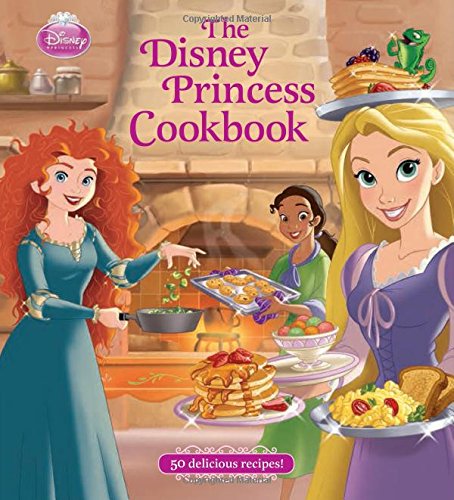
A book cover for The Disney Princess Cookbook; Disney Book Group; Children's Books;